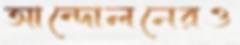
আন্দোলনেরও